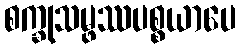
စက္ခုသမ္ဖဿပစ္စယာပေ